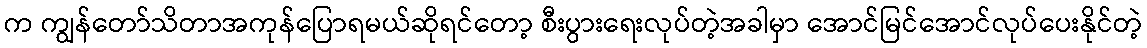
က ကျွန်တော်သိတာအကုန်ပြောရမယ်ဆိုရင်တော့ စီးပွားရေးလုပ်တဲ့အခါမှာ အောင်မြင်အောင်လုပ်ပေးနိုင်တဲ့